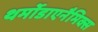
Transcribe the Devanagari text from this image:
थर्मोडाएनैमिक्स